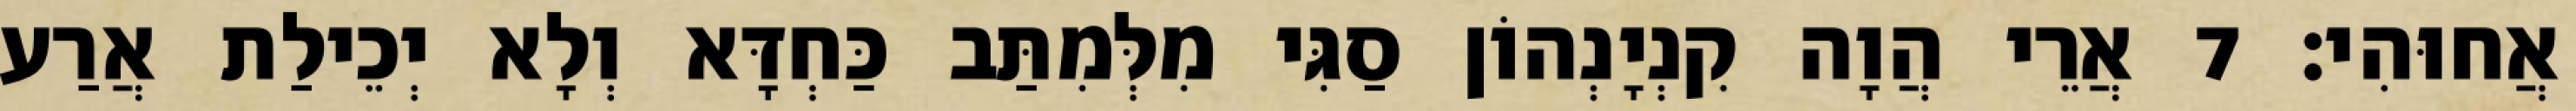
אֲחוּהִי׃ 7 אֲרֵי הֲוָה קִנְיָנְהוֹן סַגִּי מִלְּמִתַּב כַּחְדָּא וְלָא יְכֵילַת אֲרַע